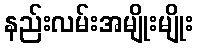
နည်းလမ်းအမျိုးမျိုး